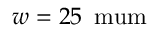
w = 2 5 \, \mathrm { \ m u m }